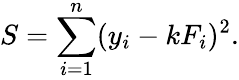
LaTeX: S=\sum_{i=1}^{n}(y_{i}-kF_{i})^{2}.